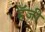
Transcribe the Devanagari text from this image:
हॅजी